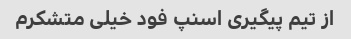
از تیم پیگیری اسنپ فود خیلی متشکرم